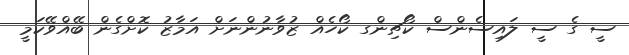
ސީ ގެ ސީ ލައިސެންސް ކޯޗިންގ ކޯހެއް ޒުވާނުންނަށް އަމާޒު ކޮށްގެން ބޭއްވޭކަމީ